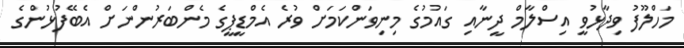
މަހްލޫފު ވިދާޅުވީ އިސްލާމް ދީނާއި ގައުމުގެ މިނިވަންކަމަށް ވުރެ އެމްޑީޕީގެ މެންބަރުންނަށް އެބޭފުޅުންގެ